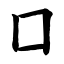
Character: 囗